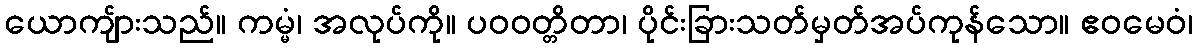
ယောကျ်ားသည်။ ကမ္မံ၊ အလုပ်ကို။ ပဝဝတ္တိတာ၊ ပိုင်းခြားသတ်မှတ်အပ်ကုန်သော။ ဧဝမေဝံ၊